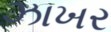
ઝાખર